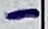
Text: -